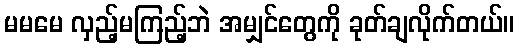
မမမေ လှည့်မကြည့်ဘဲ အမျှင်တွေကို ခုတ်ချလိုက်တယ်။